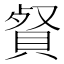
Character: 䝳